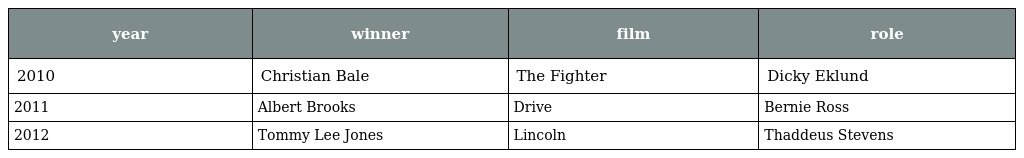
| year | winner | film | role |
 | --- | --- | --- | --- |
 | 2010 | Christian Bale | The Fighter | Dicky Eklund |
 | 2011 | Albert Brooks | Drive | Bernie Ross |
 | 2012 | Tommy Lee Jones | Lincoln | Thaddeus Stevens |